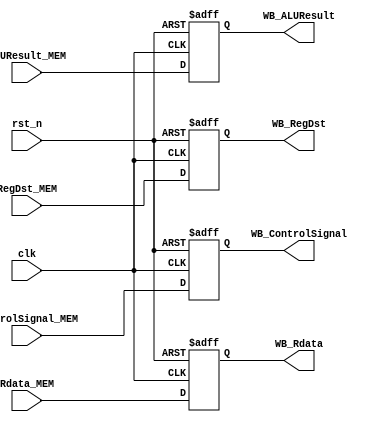
`timescale 1ns/10ps
module MEM_WB(
    input clk, rst_n,
    input [1:0] ControlSignal_MEM,
    input [31:0] Rdata_MEM, ALUResult_MEM,
    input [4:0] RegDst_MEM,
    output reg [1:0] WB_ControlSignal,
    output reg [31:0] WB_Rdata, WB_ALUResult,
    output reg [4:0] WB_RegDst
    );
    
always @(posedge clk, negedge rst_n) begin
if(!rst_n) {WB_ControlSignal, WB_Rdata, WB_ALUResult, WB_RegDst} <= 0;
else 
{WB_ControlSignal, WB_Rdata, WB_ALUResult, WB_RegDst} 
<= {ControlSignal_MEM, Rdata_MEM, ALUResult_MEM,RegDst_MEM};
end
endmodule